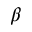
\beta